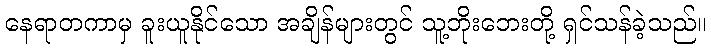
နေရာတကာမှ ခူးယူနိုင်သော အချိန်များတွင် သူ့ဘိုးဘေးတို့ ရှင်သန်ခဲ့သည်။